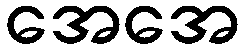
အေအေ